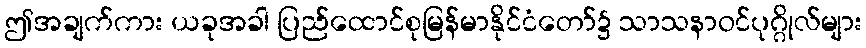
ဤအချက်ကား ယခုအခါ ပြည်ထောင်စုမြန်မာနိုင်ငံတော်၌ သာသနာဝင်ပုဂ္ဂိုလ်များ